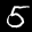
Label: 5